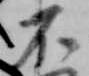
不